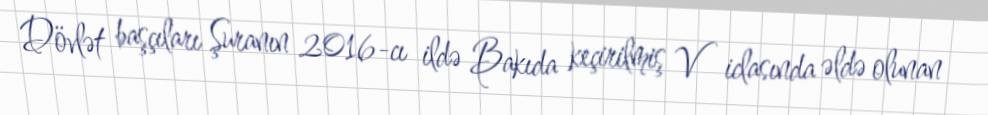
Dövlət başçıları Şuranın 2016-cı ildə Bakıda keçirilmiş V iclasında əldə olunan